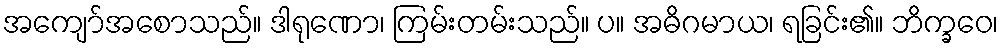
အကျော်အစောသည်။ ဒါရုဏော၊ ကြမ်းတမ်းသည်။ ပ။ အဓိဂမာယ၊ ရခြင်း၏။ ဘိက္ခဝေ၊